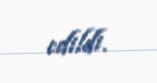
edildi.